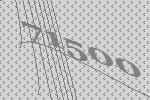
71500